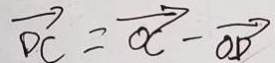
\overrightarrow { D C } = \overrightarrow { O C } - \overrightarrow { O D }